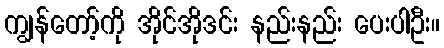
ကျွန်တော့်ကို အိုင်အိုဒင်း နည်းနည်း ပေးပါဦး။